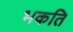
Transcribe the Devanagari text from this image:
भकति